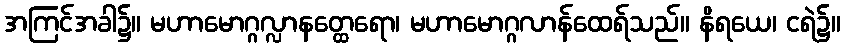
အကြင်အခါ၌။ မဟာမောဂ္ဂလ္လာနတ္ထေရော၊ မဟာမောဂ္ဂလာန်ထေရ်သည်။ နိရယေ၊ ငရဲ၌။